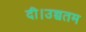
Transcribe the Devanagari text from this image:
दी।उच्चतम